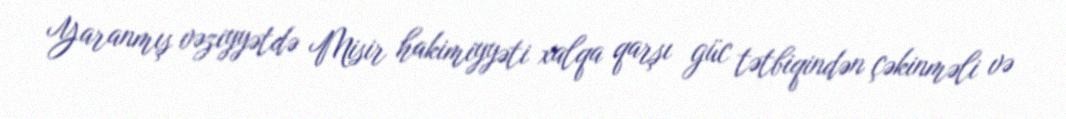
Yaranmış vəziyyətdə Misir hakimiyyəti xalqa qarşı güc tətbiqindən çəkinməli və